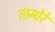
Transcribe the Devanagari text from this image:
तामोरे